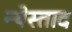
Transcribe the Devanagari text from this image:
न्येस्ताद